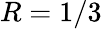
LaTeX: R=1/3